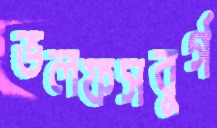
ভলফসবুর্গ